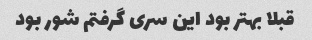
قبلا بهتر بود این سری گرفتم شور بود